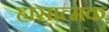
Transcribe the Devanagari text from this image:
ह्रासात्मक